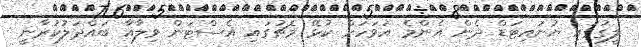
ލީގުގައި ޔުނައިޓަޑް ދެން އެންމެ އަވަހަށް ކުޅޭ މެޗުގައި އެސްޓަން ވިލާއާ ބައްދަލުކުރާނީ